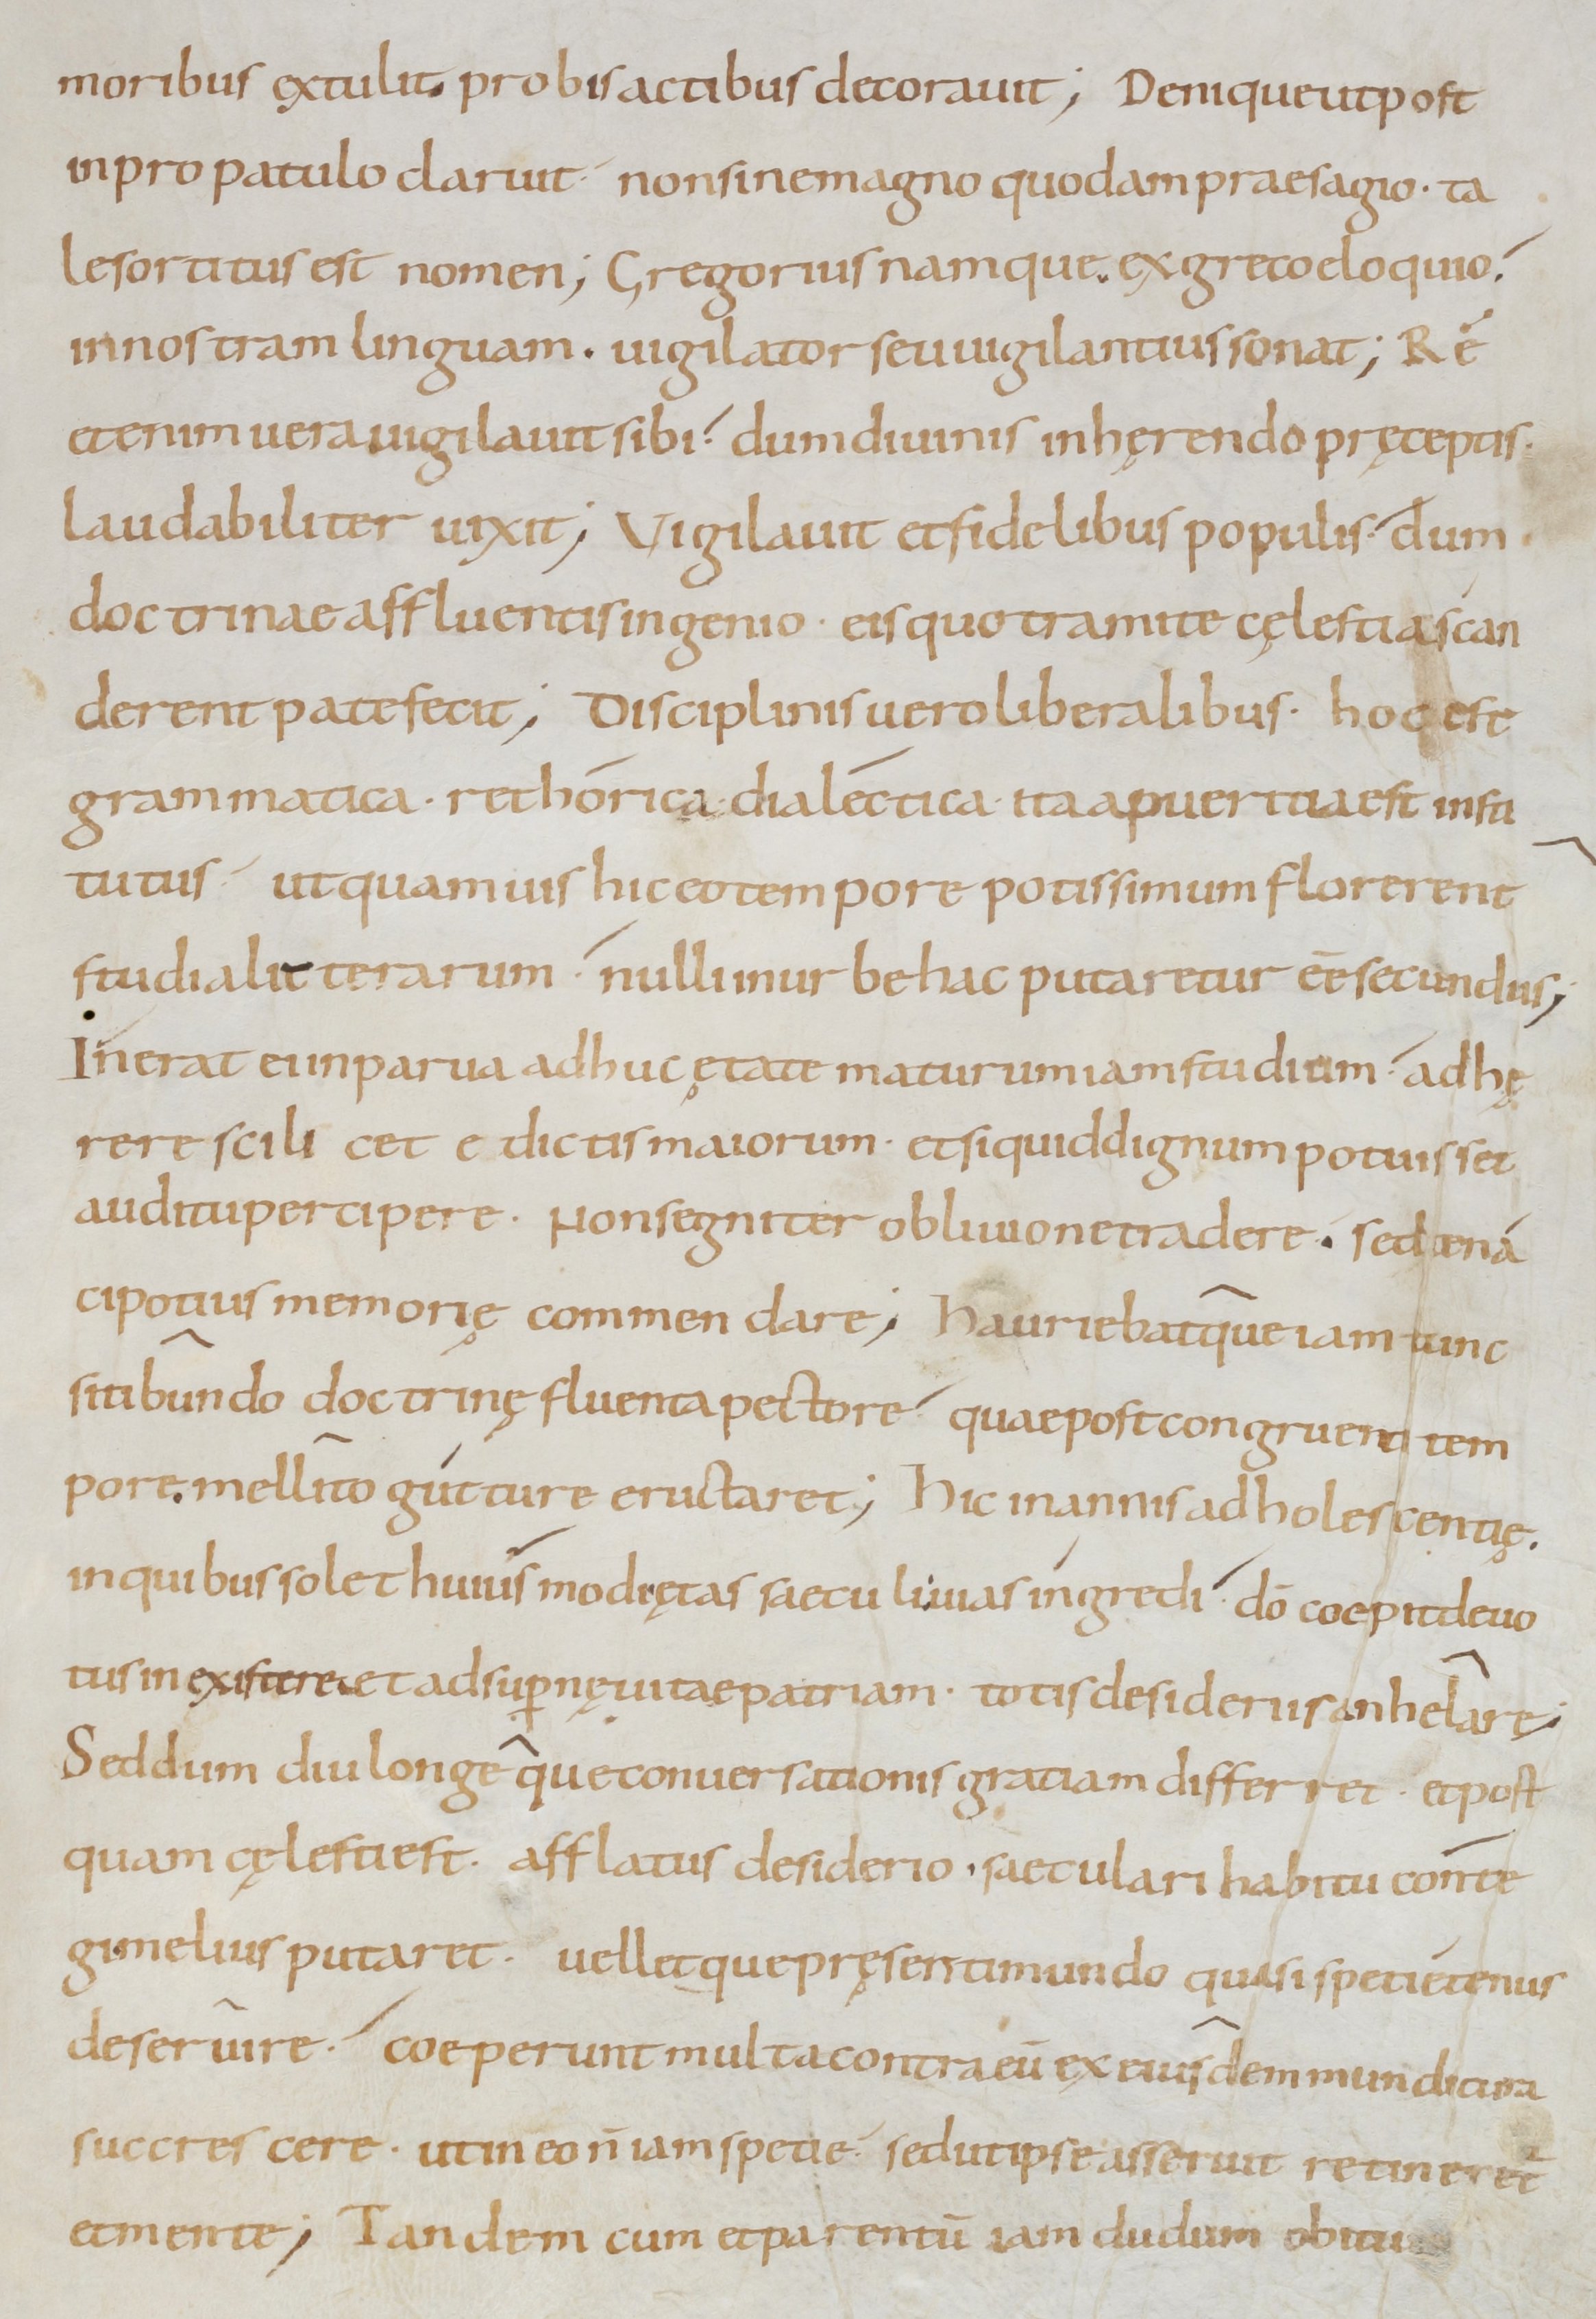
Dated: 800–999